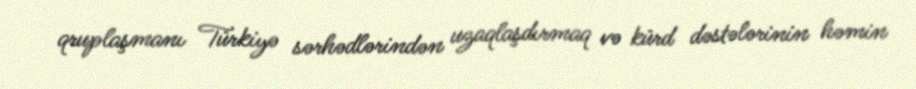
qruplaşmanı Türkiyə sərhədlərindən uzaqlaşdırmaq və kürd dəstələrinin həmin